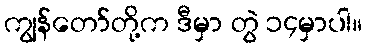
ကျွန်တော်တို့က ဒီမှာ တွဲ ၁၄မှာပါ။